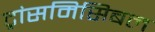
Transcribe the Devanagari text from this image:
ट्रांसमिसिबल